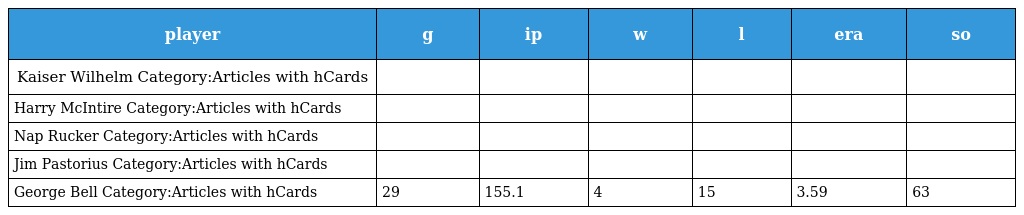
| player | g | ip | w | l | era | so |
 | --- | --- | --- | --- | --- | --- | --- |
 | Kaiser Wilhelm Category:Articles with hCards |  |  |  |  |  |  |
 | Harry McIntire Category:Articles with hCards |  |  |  |  |  |  |
 | Nap Rucker Category:Articles with hCards |  |  |  |  |  |  |
 | Jim Pastorius Category:Articles with hCards |  |  |  |  |  |  |
 | George Bell Category:Articles with hCards | 29 | 155.1 | 4 | 15 | 3.59 | 63 |